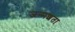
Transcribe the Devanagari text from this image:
जन्मशता